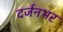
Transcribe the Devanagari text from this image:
दर्जनभर